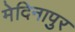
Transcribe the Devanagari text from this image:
मेदिनापुर